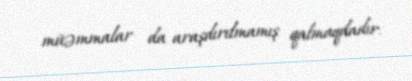
müəmmalar da araşdırılmamış qalmaqdadır.